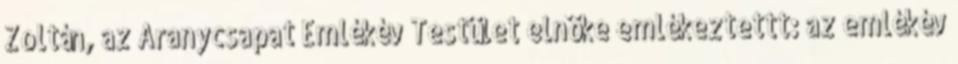
Zoltán, az Aranycsapat Emlékév Testület elnöke emlékeztettt: az emlékév